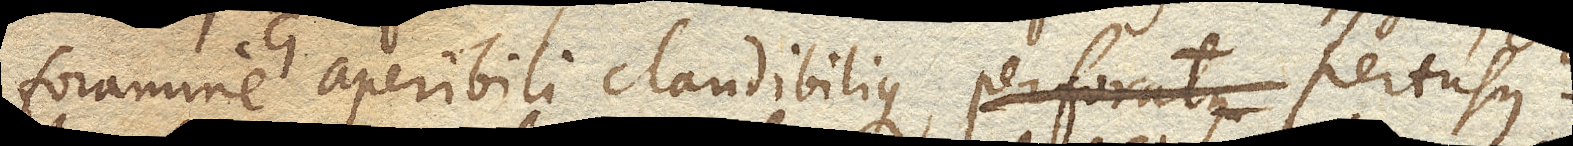
foramine G. aperibili claudibilique perforatus pertusus.